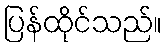
ပြန်ထိုင်သည်။